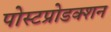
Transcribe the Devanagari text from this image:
पोस्टप्रोडक्शन